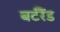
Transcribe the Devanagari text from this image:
बर्टरैंड